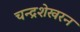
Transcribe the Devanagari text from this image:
चन्‍द्रशेखरन